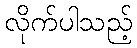
လိုက်ပါသည့်